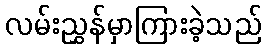
လမ်းညွှန်မှာကြားခဲ့သည်